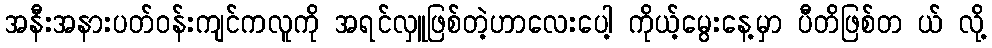
အနီးအနားပတ်ဝန်းကျင်ကလူကို အရင်လှူဖြစ်တဲ့ဟာလေးပေါ့ ကိုယ့်မွေးနေ့မှာ ပီတိဖြစ်တ ယ် လို့